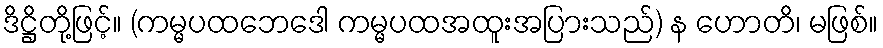
ဒိဋ္ဌိတို့ဖြင့်။ (ကမ္မပထဘေဒေါ ကမ္မပထအထူးအပြားသည်) န ဟောတိ၊ မဖြစ်။